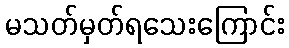
မသတ်မှတ်ရသေးကြောင်း